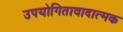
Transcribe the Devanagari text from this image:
उपयोगितावादात्मक